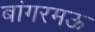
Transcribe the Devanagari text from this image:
बांगरमऊ